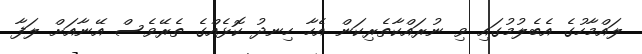
ލައްމާހުގެ އެބެލުމުގައި ވި ނުރައްކާތެރިކަން އެހާ ހިނދު ކޮޅެއްގެ ތެރޭވެސް އޭނާއަށް ލަފާ